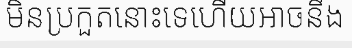
មិនប្រកួតនោះទេហើយអាចនឹង